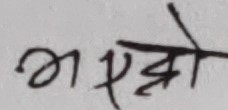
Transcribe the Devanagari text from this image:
भहेको